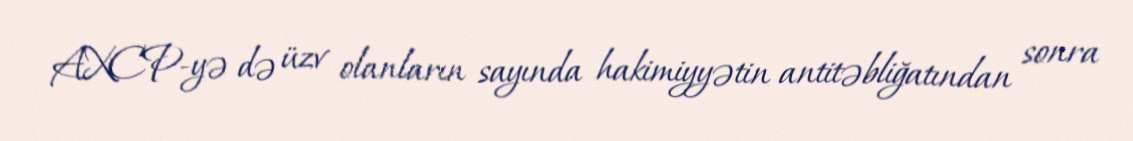
AXCP-yə də üzv olanların sayında hakimiyyətin antitəbliğatından sonra